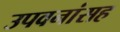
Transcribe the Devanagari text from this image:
उपवनांसह